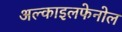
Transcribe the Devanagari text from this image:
अल्काइलफेनोल